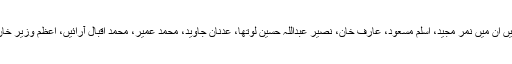
عدالت نے دیگر جن ملزمان کے وارنٹ گرفتاری جاری کیے ہیں ان میں نمر مجید، اسلم مسعود، عارف خان، نصیر عبداللہ حسین لوتھا، عدنان جاوید، محمد عمیر، محمد اقبال آرائیں، اعظم وزیر خان، زین ملک اور مصطفی ذوالقرنین سمیت دیگر افراد شامل ہیں۔